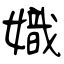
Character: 嬂